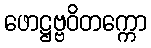
ဖောဋ္ဌဗ္ဗဝိတက္ကော